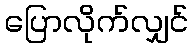
ပြောလိုက်လျှင်